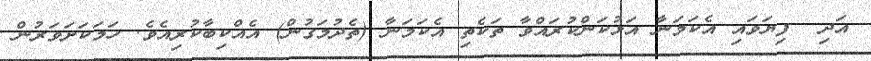
އަދި  ފިޔަވައި އެކަމަނާ އަޅުކަންކުރައްވާ ތަކެތި އެކަމަނާ (ތެދުމަގުން) އެއްކިބާކުރިއެވެ. ހަމަކަށަވަރުން